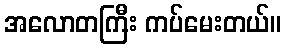
အလောတကြီး ကပ်မေးတယ်။